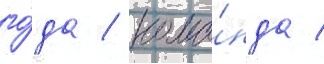
го́да / кома́нда /